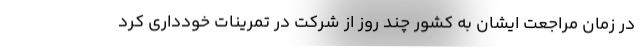
در زمان مراجعت ایشان به کشور چند روز از شرکت در تمرینات خودداری کرد